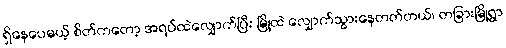
ရှိနေပေမယ့် စိတ်ကတော့ အရပ်ထဲလျှောက်ပြီး မြို့ထဲ လျှောက်သွားနေတတ်တယ်၊ တခြားမြို့ရွာ